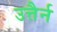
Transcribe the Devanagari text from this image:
उत्तैर्न